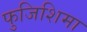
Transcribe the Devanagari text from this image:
फुजिशिमा